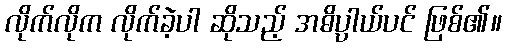
လိုက်လိုက လိုက်ခဲ့ပါ ဆိုသည့် အဓိပ္ပာယ်ပင် ဖြစ်၏။